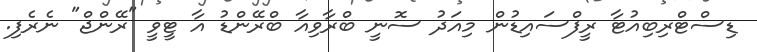
ޑިސްޓްރިބިއުޓާ ރީފްސައިޑުން މިއަދު ސޮނީ ބްރާވިއާ ބްރޭންޑު އާ ޓީވީ "ރޭންޖް" ނެރެފި.